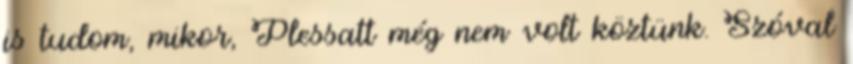
is tudom, mikor, Plessatt még nem volt köztünk. Szóval